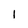
Character: 1